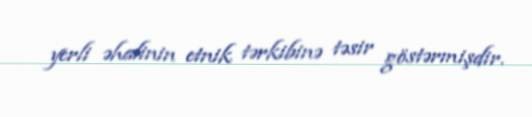
yerli əhalinin etnik tərkibinə təsir göstərmişdir.